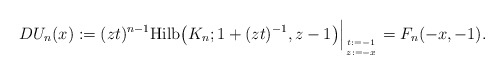
\begin{gather*}DU_n(x):= (z t )^{n-1} {\rm Hilb}\big(K_n; 1+(z t)^{-1},z-1\big) \Big |_{t:=-1 \atop z:= -x} = F_{n}(-x,-1).\end{gather*}